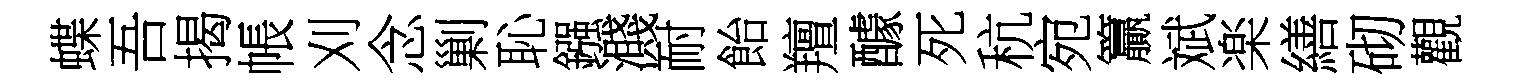
蝶吾揭帳刈念剿恥鏹濺耐飴羶醵死秔宛籯斌楽繕砌觀